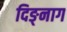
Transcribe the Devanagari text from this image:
दिङ्‌नाग